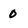
Character: 0